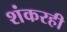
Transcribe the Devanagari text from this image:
शंकरही